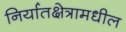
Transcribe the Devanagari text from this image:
निर्यातक्षेत्रामधील